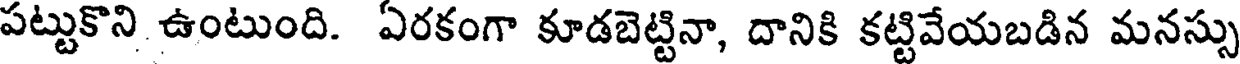
పట్టుకొని ఉంటుంది. ఏరకంగా కూడబెట్టినా, దానికి కట్టివేయబడిన మనస్సు